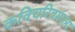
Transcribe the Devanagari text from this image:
कविचरित्रमाला